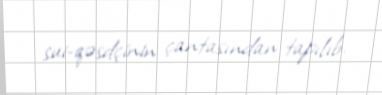
sui-qəsdçinin çantasından tapılıb.